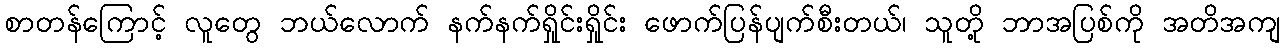
စာတန်ကြောင့် လူတွေ ဘယ်လောက် နက်နက်ရှိုင်းရှိုင်း ဖောက်ပြန်ပျက်စီးတယ်၊ သူတို့ ဘာအပြစ်ကို အတိအကျ